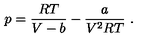
p = { \frac { R T } { V - b } } - { \frac { a } { V ^ { 2 } R T } } \ .